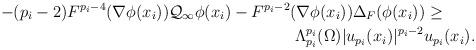
LaTeX: \begin{align*}-(p_i-2)F^{p_i-4}(\nabla \phi(x_i)) \mathcal{Q}_\infty \phi (x_i) - F^{p_i-2}(\nabla \phi(x_i)) \Delta_F ( \phi(x_i)) \ge\qquad\\ \Lambda_{p_i}^{p_i}(\Omega) |u_{p_i}(x_i)|^{p_i-2} u_{p_i}(x_i). \end{align*}